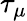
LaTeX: \tau_{\mu}